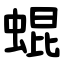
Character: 蜫